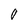
Character: O